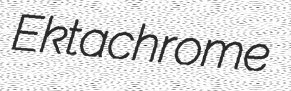
Ektachrome